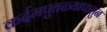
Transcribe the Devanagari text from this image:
कर्दमपुतळ्यापासुन